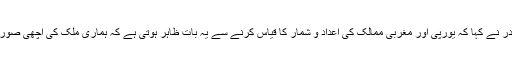
ایرانی صدر نے کہا کہ یورپی اور مغربی ممالک کی اعداد و شمار کا قیاس کرنے سے یہ بات ظاہر ہوتی ہے کہ ہماری ملک کی اچھی صورتحال ہے۔